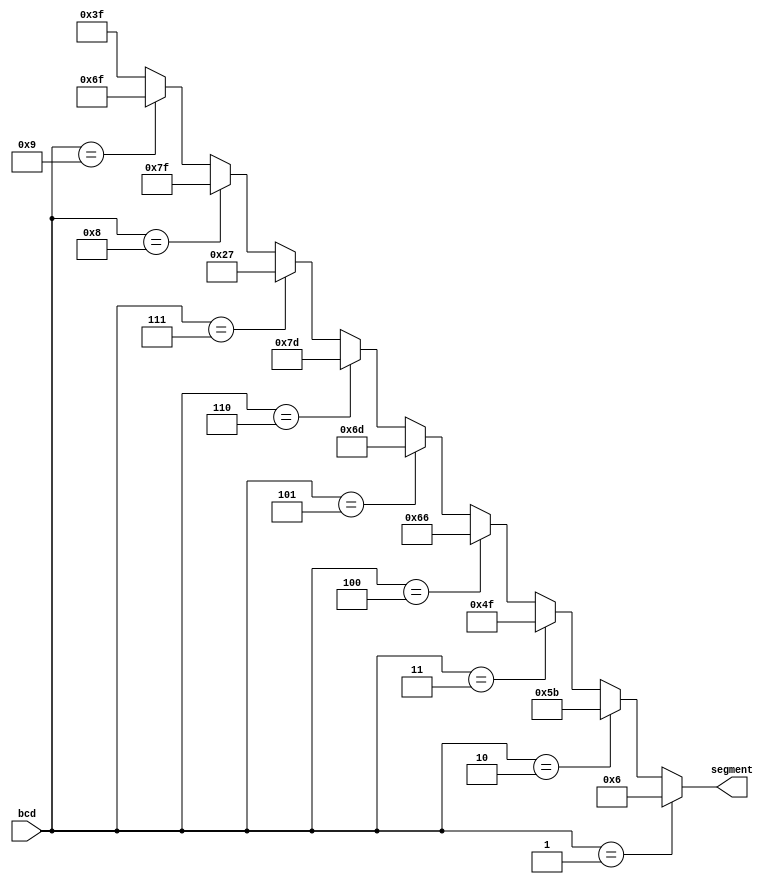
module bcd2segment(input[3:0] bcd, output[6:0] segment);
	assign segment = 	(bcd == 1)? 	7'b0000110: 
							(bcd == 2)?		7'b1011011:
							(bcd == 3)?		7'b1001111:
							(bcd == 4)?		7'b1100110:
							(bcd == 5)?		7'b1101101:
							(bcd == 6)?		7'b1111101:
							(bcd == 7)?		7'b0100111:
							(bcd == 8)?		7'b1111111:
							(bcd == 9)?		7'b1101111:
												7'b0111111;
endmodule